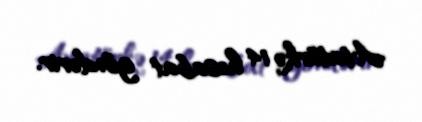
Atatürkə 14 hesabat göndərir.